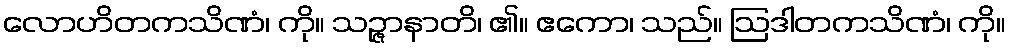
လောဟိတကသိဏံ၊ ကို။ သဉ္ဇာနာတိ၊ ၏။ ဧကော၊ သည်။ ဩဒါတကသိဏံ၊ ကို။